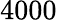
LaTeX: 4000